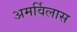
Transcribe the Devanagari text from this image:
अमर्विलास